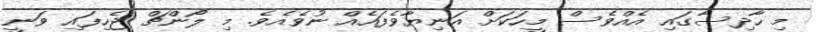
މި ހާދިސާގައި އެއްވެސް މީހަކަށް އަނިޔާވެފައެއް ނުވެއެވެ. މި ލޯންޗް ޖެހިފައި ވަނީ